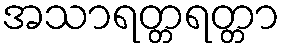
အသာရတ္တရတ္တာ